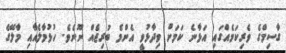
ގާސިމްގެ ވެރިކަމެއްގައި އަޅާނެ ކަމަށް ވިދާޅުވީ އެންމެ ބުރިޖެއް ނޫނެވެ. ހުޅުމާލެއާއި މާލޭގެ